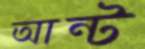
আন্ট